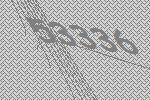
53336